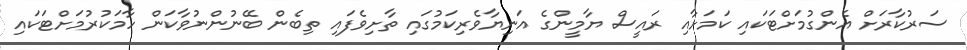
ސަރުކާރަށް އެންގުމަށްޓަކައި ކަމަށާއި ރައީސް ޔާމީންގެ އަނިޔާވެރިކަމުގައި ތާށިވެފައި ތިބެން ބޭނުންނުވާކަން ހާމަކުރުމަށްޓަކައި